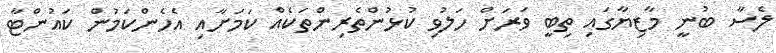
ލެސާ ބުނީ މާޒިޔާގައި ތިބީ ވަރަށް ހަލުވި ކުޅުންތެރިންތަކެއް ކަމަށާއި އެހެންކަމުން ކައުންޓާ